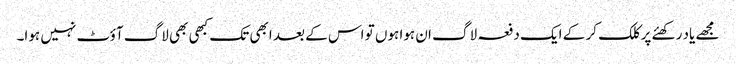
مجھے یاد رکھئے پر کلک کر کے ایک دفعہ لاگ ان ہوا ہوں تو اس کے بعد ابھی تک کبھی بھی لاگ آؤٹ نہیں ہوا۔